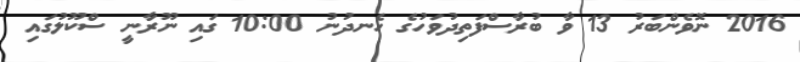
2016 ނޮވެންބަރު 13 ވާ ބުރާސްފަތިދުވަހުގެ ހެނދުނު 10:00 ގައި ނޫރާނީ ސްކޫލުގައި